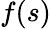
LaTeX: f(s)